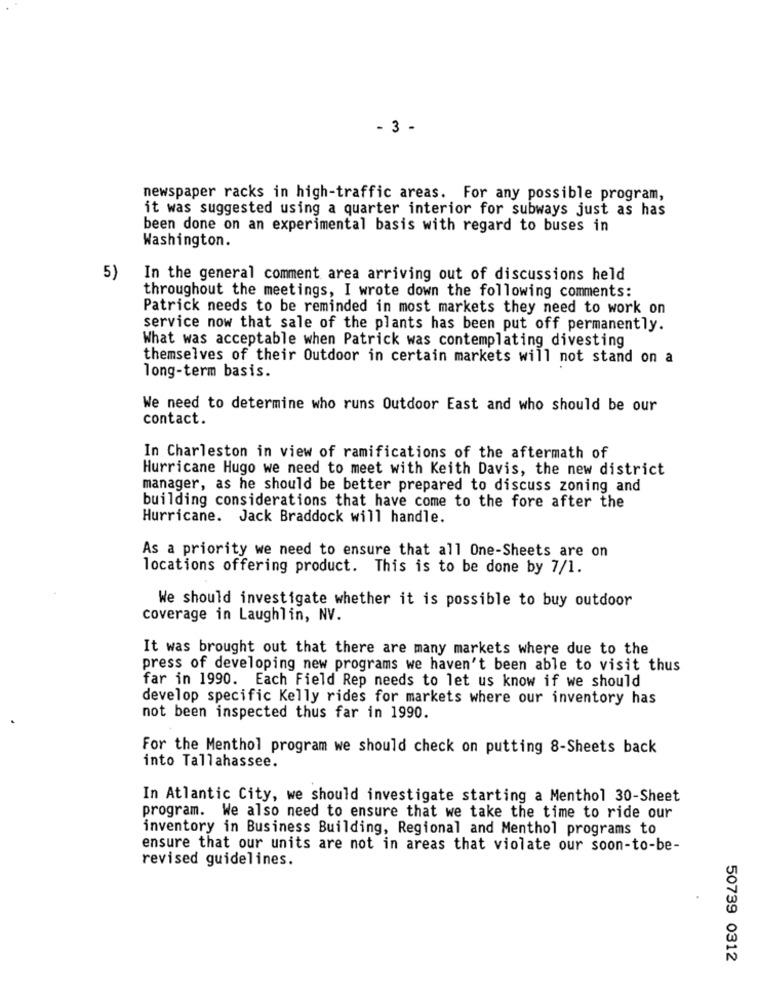
- 3 -
newspaper racks in high-traffic areas. For any possible program,
it was suggested using a quarter interior for subways just as has
been done on an experimental basis with regard to buses in
Washington.
5)
In the general comment area arriving out of discussions held
throughout the meetings, I wrote down the following comments:
Patrick needs to be reminded in most markets they need to work on
service now that sale of the plants has been put off permanently.
What was acceptable when Patrick was contemplating divesting
themselves of their Outdoor in certain markets will not stand on a
long-term basis.
We need to determine who runs Outdoor East and who should be our
contact.
In Charleston in view of ramifications of the aftermath of
Hurricane Hugo we need to meet with Keith Davis, the new district
manager, as he should be better prepared to discuss zoning and
building considerations that have come to the fore after the
Hurricane. Jack Braddock will handle.
As a priority we need to ensure that all One-Sheets are on
locations offering product. This is to be done by 7/1.
We should investigate whether it is possible to buy outdoor
coverage in Laughlin, NV.
It was brought out that there are many markets where due to the
press of developing new programs we haven't been able to visit thus
far in 1990. Each Field Rep needs to let us know if we should
develop specific Kelly rides for markets where our inventory has
not been inspected thus far in 1990.
For the Menthol program we should check on putting 8-Sheets back
into Tallahassee.
In Atlantic City, we should investigate starting a Menthol 30-Sheet
program. We also need to ensure that we take the time to ride our
inventory in Business Building, Regional and Menthol programs to
ensure that our units are not in areas that violate our soon-to-be-
revised guidelines.
50739 0312